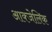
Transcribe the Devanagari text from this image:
आक्जेलिक